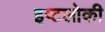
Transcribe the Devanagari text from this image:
इष्टलोकी